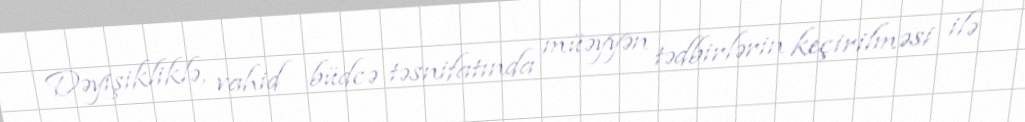
Dəyişikliklə, vahid büdcə təsnifatında müəyyən tədbirlərin keçirilməsi ilə